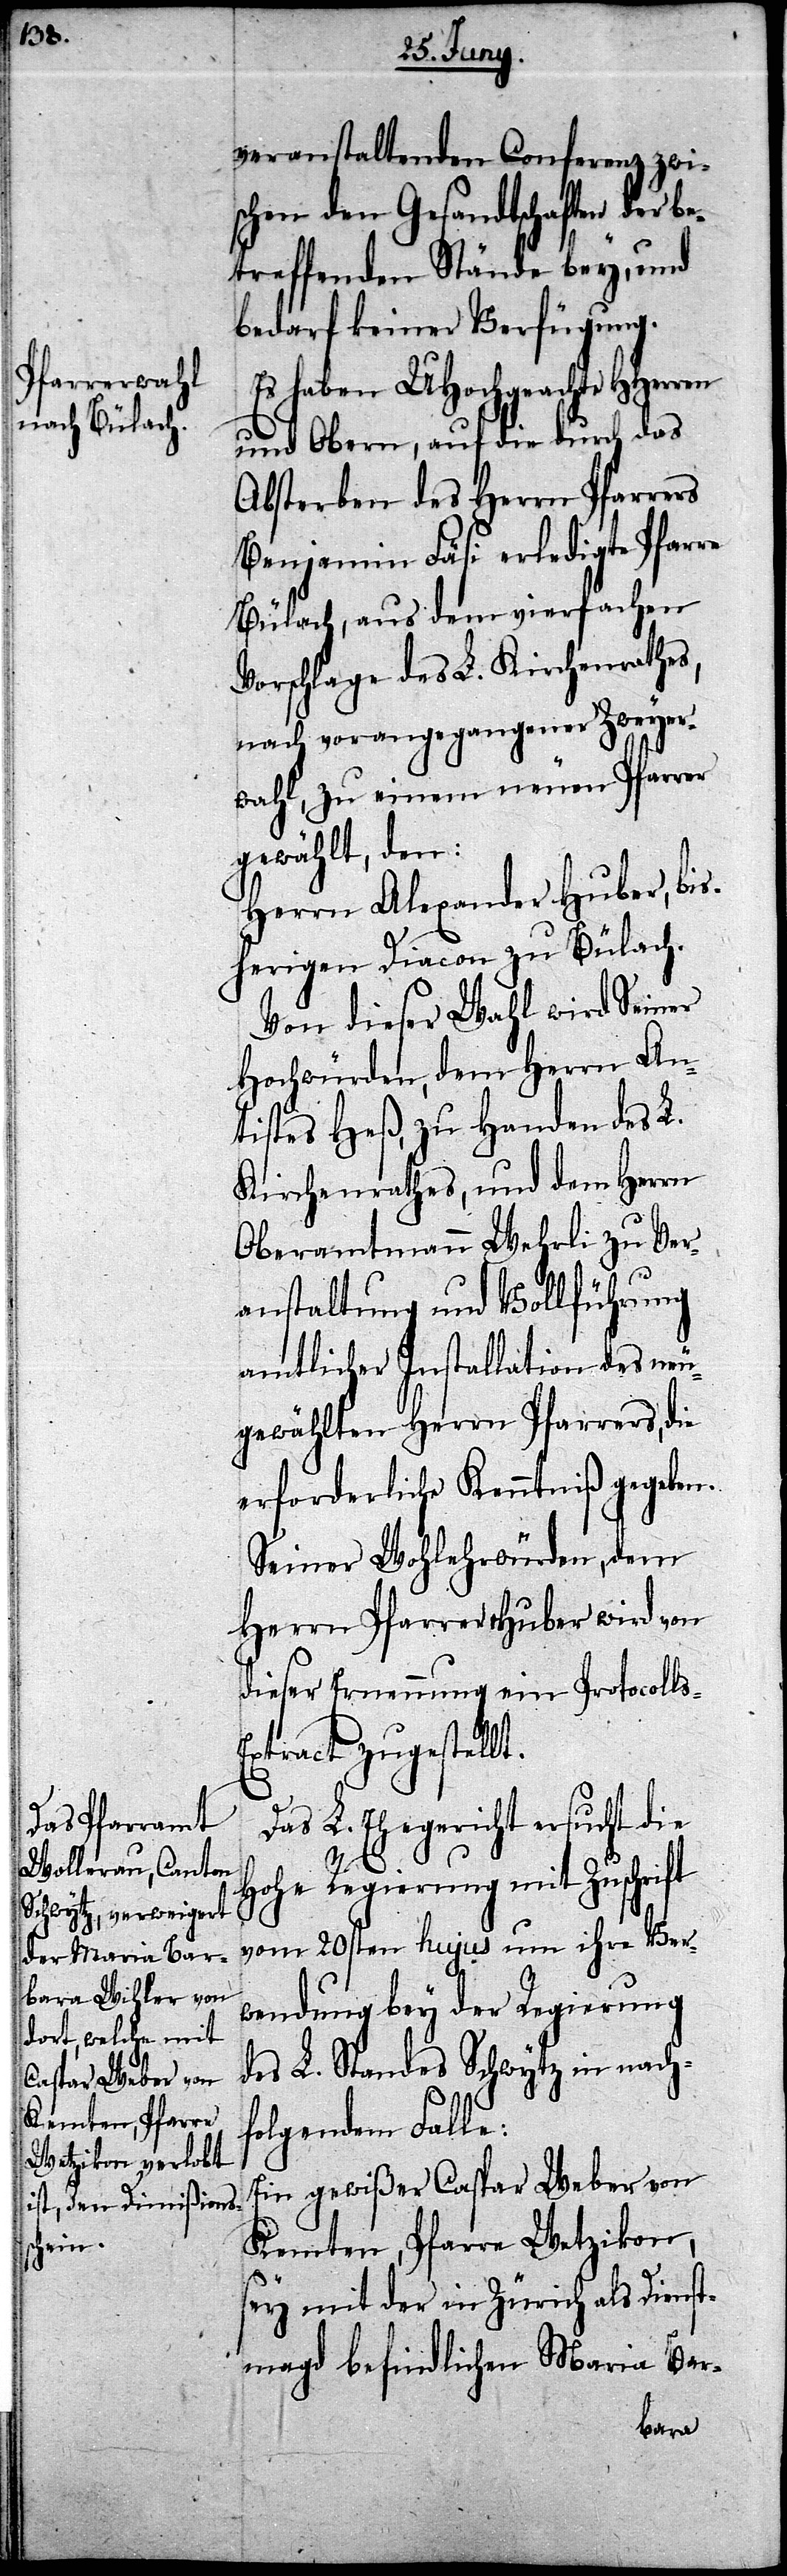
ls-E¬

veranstaltenden Conferenz zwi¬
schen den Gesandtschaften der be¬
treffenden Stände bey, und
bedarf keiner Verfügung.
Es haben UHochgeachten
und Obern, auf die durch das
Absterben des Herrn Pfarrers
Benjamin Fäsi erledigte Pfarre
Bülach, aus dem vierfachen
Vorschlage des L. Kirchenrathes,
nach vorangegangener Zweyer¬
wahl, zu einem neuen Pfarrer
gewählt, den:
Herrn Alexander Huber, bis¬
herigen Diacon zu Bülach.
Von dieser Wahl wird Seiner
Hochwürden, dem Herrn An¬
tistes Heß, zu Handen des L.
Kirchenrathes, und dem Herrn
Oberamtmann Wehrli zu Ver¬
anstaltung und Vollführung
amtlicher Installation des neu¬
gewählten Herrn Pfarrers, die
erforderliche Kenntniß gegeben.
Seiner Wohlehrwürden, dem
Herrn Pfarrer Huber wird von
dieser Ernennung ein Protocol¬
xtract zugestellt.
Das L. Ehegericht ersucht die
Hohe Regierung mit Zuschrift
vom 20sten hujus um ihre Ver¬
wendung bey der Regierung
des L. Standes Schwytz in nach¬
folgendem Falle:
Ein gewißer Caspar Weber von
Kemten, Pfarre Wetzikon,
sey mit der in Zürich als Dienst¬
magd befindlichen Maria Bar-